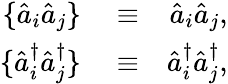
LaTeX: \begin{array}{rlr}{\{ \hat{a}_{i}\hat{a}_{j}\} }&{{}\equiv}&{\hat{a}_{i}\hat{a}_{j},}\\ {\{ \hat{a}_{i}^{\dagger}\hat{a}_{j}^{\dagger}\} }&{{}\equiv}&{\hat{a}_{i}^{\dagger}\hat{a}_{j}^{\dagger},}\end{array}